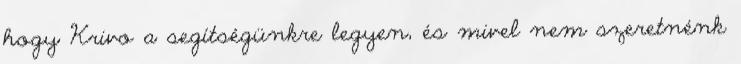
hogy Krivo a segítségünkre legyen, és mivel nem szeretnénk